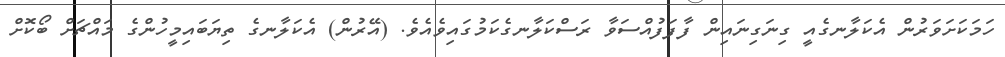
ހަމަކަށަވަރުން އެކަލާނގެއީ ގިނަގިނައިން ފާފަފުއްސަވާ ރަސްކަލާނގެކަމުގައިވެއެވެ. (އޭރުން) އެކަލާނގެ ތިޔަބައިމީހުންގެ މައްޗަށް ބޯކޮށް